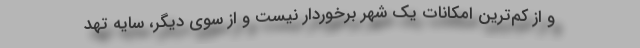
و از كم‌ترين امكانات يك شهر برخوردار نيست و از سوي ديگر، سايه تهد